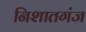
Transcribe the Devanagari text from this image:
निशातगंज